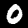
Label: 0